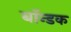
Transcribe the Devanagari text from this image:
बॉन्डक